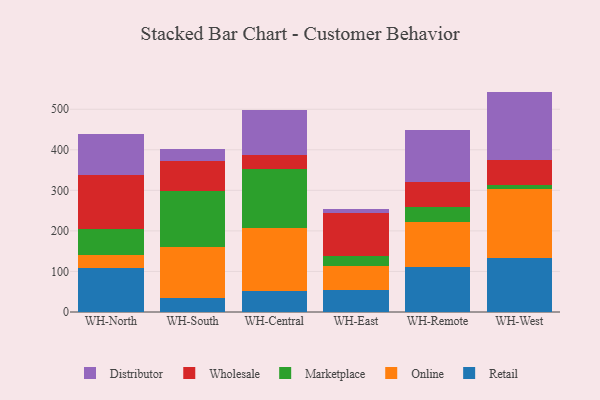
{"axis": {"x": "Warehouse", "y": "Production Output"}, "legend": ["Distributor", "Marketplace", "Online", "Retail", "Wholesale"], "data": [{"x": "WH-North", "y": 108.9, "type": "Retail"}, {"x": "WH-North", "y": 32.2, "type": "Online"}, {"x": "WH-North", "y": 62.9, "type": "Marketplace"}, {"x": "WH-North", "y": 134.7, "type": "Wholesale"}, {"x": "WH-North", "y": 99.1, "type": "Distributor"}, {"x": "WH-South", "y": 33.9, "type": "Retail"}, {"x": "WH-South", "y": 125.4, "type": "Online"}, {"x": "WH-South", "y": 138.7, "type": "Marketplace"}, {"x": "WH-South", "y": 73.2, "type": "Wholesale"}, {"x": "WH-South", "y": 31.2, "type": "Distributor"}, {"x": "WH-Central", "y": 52.7, "type": "Retail"}, {"x": "WH-Central", "y": 155.2, "type": "Online"}, {"x": "WH-Central", "y": 144.1, "type": "Marketplace"}, {"x": "WH-Central", "y": 34.4, "type": "Wholesale"}, {"x": "WH-Central", "y": 112.8, "type": "Distributor"}, {"x": "WH-East", "y": 54.9, "type": "Retail"}, {"x": "WH-East", "y": 59.4, "type": "Online"}, {"x": "WH-East", "y": 24.2, "type": "Marketplace"}, {"x": "WH-East", "y": 106.1, "type": "Wholesale"}, {"x": "WH-East", "y": 10.6, "type": "Distributor"}, {"x": "WH-Remote", "y": 109.8, "type": "Retail"}, {"x": "WH-Remote", "y": 112.6, "type": "Online"}, {"x": "WH-Remote", "y": 35.6, "type": "Marketplace"}, {"x": "WH-Remote", "y": 63.7, "type": "Wholesale"}, {"x": "WH-Remote", "y": 127.1, "type": "Distributor"}, {"x": "WH-West", "y": 132.8, "type": "Retail"}, {"x": "WH-West", "y": 169.4, "type": "Online"}, {"x": "WH-West", "y": 11.0, "type": "Marketplace"}, {"x": "WH-West", "y": 61.4, "type": "Wholesale"}, {"x": "WH-West", "y": 168.9, "type": "Distributor"}]}